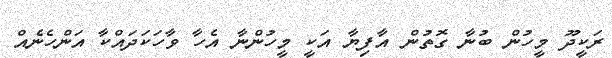
ރަކީދޫ މީހުން ބުނާ ގޮތުން އާފިޔާ އަކީ މީހުންނާ އެހާ ވާހަކަދައްކާ އަންހެނެއް